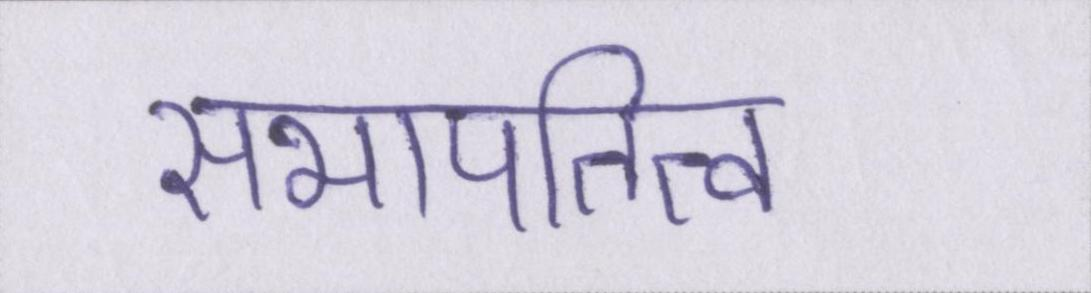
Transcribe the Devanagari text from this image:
सभापतित्व